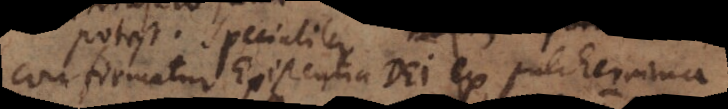
confirmatur Existentia Dei ex pulcherrima